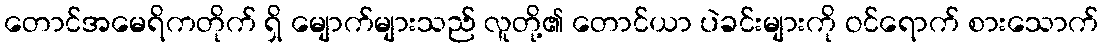
တောင်အမေရိကတိုက် ရှိ မျောက်များသည် လူတို့၏ တောင်ယာ ပဲခင်းများကို ဝင်ရောက် စားသောက်